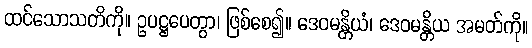
ထင်သောသတိကို။ ဥပဋ္ဌပေတွာ၊ ဖြစ်စေ၍။ ဒေဝမန္တိယံ၊ ဒေဝမန္တိယ အမတ်ကို။